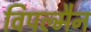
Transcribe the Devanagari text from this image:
विपल्मैन